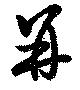
并